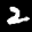
Label: 2